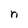
Character: n